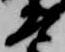
左